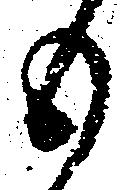
も